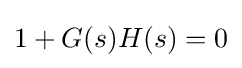
1+G(s)H(s)=0